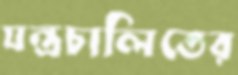
যন্ত্রচালিতের